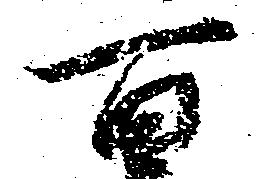
百